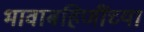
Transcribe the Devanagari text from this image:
भावाबहिणींच्या